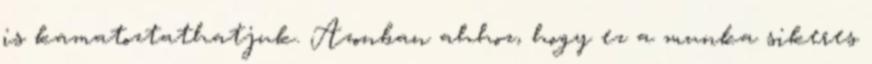
is kamatoztathatjuk. Azonban ahhoz, hogy ez a munka sikeres